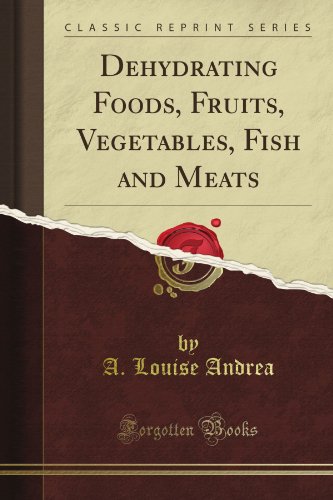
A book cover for Dehydrating Foods, Fruits, Vegetables, Fish and Meats (Classic Reprint); A. Louise Andrea; Cookbooks, Food & Wine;